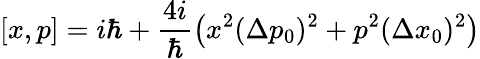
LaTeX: [x,p]=i\hbar+\frac{4i}{\hbar}\left(x^{2}(\Delta p_{0})^{2}+p^{2}(\Delta x_{0})^{2}\right)